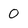
Character: 0